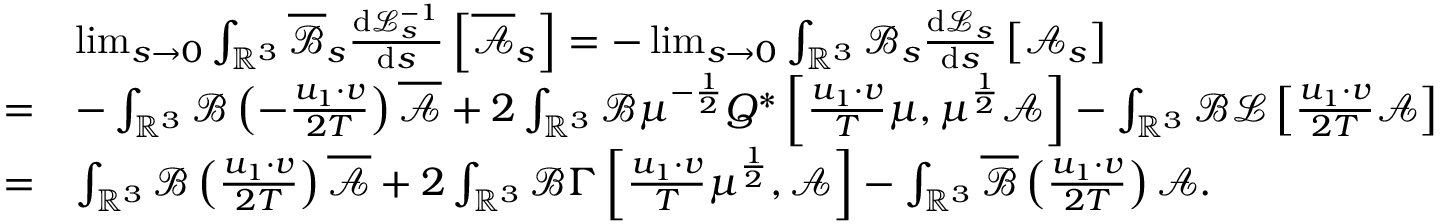
\begin{array} { r l } & { \operatorname* { l i m } _ { s \rightarrow 0 } \int _ { \mathbb { R } ^ { 3 } } \overline { \mathscr { B } } _ { s } \frac { \mathrm { d } \mathcal { L } _ { s } ^ { - 1 } } { \mathrm { d } s } \left[ \overline { { \mathscr { A } } } _ { s } \right] = - \operatorname* { l i m } _ { s \rightarrow 0 } \int _ { \mathbb { R } ^ { 3 } } \mathscr { B } _ { s } \frac { \mathrm { d } \mathcal { L } _ { s } } { \mathrm { d } s } \left[ \mathscr { A } _ { s } \right] } \\ { = } & { - \int _ { \mathbb { R } ^ { 3 } } \mathscr { B } \left( - \frac { u _ { 1 } \cdot v } { 2 T } \right) \overline { { \mathscr { A } } } + 2 \int _ { \mathbb { R } ^ { 3 } } \mathscr { B } \mu ^ { - \frac { 1 } { 2 } } Q ^ { \ast } \left[ \frac { u _ { 1 } \cdot v } { T } \mu , \mu ^ { \frac { 1 } { 2 } } \mathscr { A } \right] - \int _ { \mathbb { R } ^ { 3 } } \mathscr { B } \mathcal { L } \left[ \frac { u _ { 1 } \cdot v } { 2 T } \mathscr { A } \right] } \\ { = } & { \int _ { \mathbb { R } ^ { 3 } } \mathscr { B } \left( \frac { u _ { 1 } \cdot v } { 2 T } \right) \overline { { \mathscr { A } } } + 2 \int _ { \mathbb { R } ^ { 3 } } \mathscr { B } \Gamma \left[ \frac { u _ { 1 } \cdot v } { T } \mu ^ { \frac { 1 } { 2 } } , \mathscr { A } \right] - \int _ { \mathbb { R } ^ { 3 } } \overline { \mathscr { B } } \left( \frac { u _ { 1 } \cdot v } { 2 T } \right) \mathscr { A } . } \end{array}